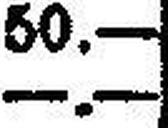
—.—